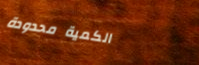
الكمية محدودة